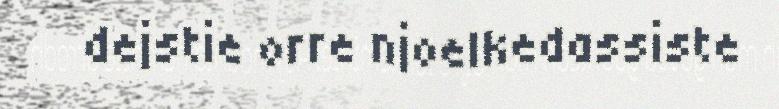
dejstie orre njoelkedassiste